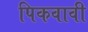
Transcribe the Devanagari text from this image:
पिकवावी